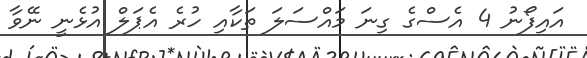
އައިފޯނު 4 އެސްގެ ގިނަ މައްސަލަ ތަކާއި ހުރެ އެޕަލް އުޅެނީ ނޭވާ